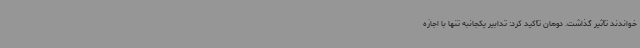
‌خواندند تأثیر گذاشت. دوهان تأکید کرد: تدابیر یکجانبه تنها با اجازه